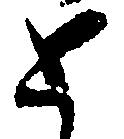
と